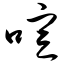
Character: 喧